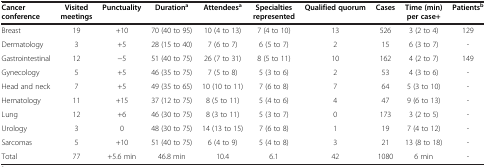
<table><thead><tr><td><b>Cancer conference</b></td><td><b>Visited meetings</b></td><td><b>Punctuality</b></td><td><b>Duration<sup>a</sup></b></td><td><b>Attendees<sup>a</sup></b></td><td><b>Specialties represented</b></td><td><b>Qualified quorum</b></td><td><b>Cases</b></td><td><b>Time (min) per case+</b></td><td><b>Patients<sup>b</sup></b></td></tr></thead><tbody><tr><td>Breast</td><td>19</td><td>+10</td><td>70 (40 to 95)</td><td>10 (4 to 13)</td><td>7 (4 to 10)</td><td>13</td><td>526</td><td>3 (2 to 4)</td><td>129</td></tr><tr><td>Dermatology</td><td>3</td><td>+5</td><td>28 (15 to 40)</td><td>7 (6 to 7)</td><td>6 (5 to 7)</td><td>2</td><td>15</td><td>6 (3 to 7)</td><td>-</td></tr><tr><td>Gastrointestinal</td><td>12</td><td>−5</td><td>51 (40 to 75)</td><td>26 (7 to 31)</td><td>8 (5 to 11)</td><td>10</td><td>162</td><td>4 (2 to 7)</td><td>149</td></tr><tr><td>Gynecology</td><td>5</td><td>+5</td><td>46 (35 to 75)</td><td>7 (5 to 8)</td><td>5 (3 to 6)</td><td>2</td><td>53</td><td>4 (3 to 6)</td><td>-</td></tr><tr><td>Head and neck</td><td>7</td><td>+5</td><td>49 (35 to 65)</td><td>10 (10 to 11)</td><td>7 (6 to 8)</td><td>7</td><td>64</td><td>5 (3 to 10)</td><td>-</td></tr><tr><td>Hematology</td><td>11</td><td>+15</td><td>37 (12 to 75)</td><td>8 (5 to 11)</td><td>5 (4 to 6)</td><td>4</td><td>47</td><td>9 (6 to 13)</td><td>-</td></tr><tr><td>Lung</td><td>12</td><td>+6</td><td>46 (30 to 75)</td><td>8 (3 to 11)</td><td>5 (3 to 7)</td><td>0</td><td>173</td><td>3 (2 to 5)</td><td>-</td></tr><tr><td>Urology</td><td>3</td><td>0</td><td>48 (30 to 75)</td><td>14 (13 to 15)</td><td>7 (6 to 8)</td><td>1</td><td>19</td><td>7 (4 to 12)</td><td>-</td></tr><tr><td>Sarcomas</td><td>5</td><td>+10</td><td>51 (40 to 75)</td><td>6 (4 to 9)</td><td>5 (4 to 8)</td><td>3</td><td>21</td><td>13 (8 to 18)</td><td>-</td></tr><tr><td>Total</td><td>77</td><td>+5.6 min</td><td>46.8 min</td><td>10.4</td><td>6.1</td><td>42</td><td>1080</td><td>6 min</td><td>-</td></tr></tbody></table>